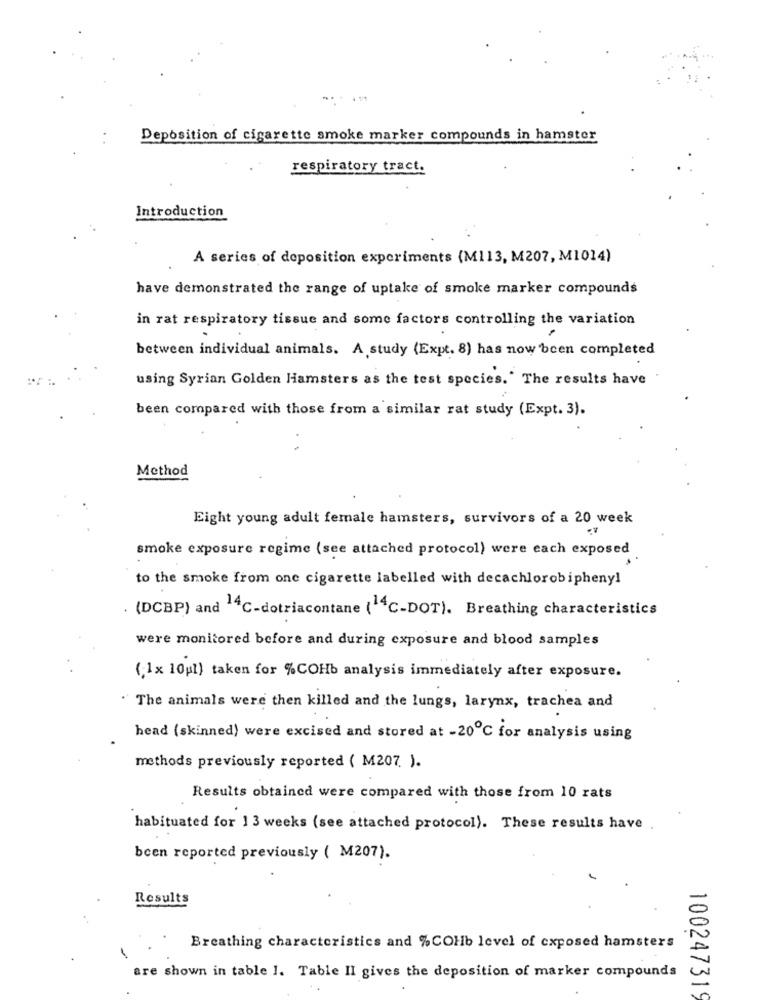
Deposition of cigarette smoke marker compounds in hamster
respiratory tract.
Introduction
A series of deposition experiments (M113, M207, M1014)
have demonstrated the range of uptake of smoke marker compounds
in rat respiratory tissue and some factors controlling the variation
.
between individual animals. A study (Expt. 8) has now been completed
using Syrian Golden Hamsters as the test species.' The results have
been compared with those from a similar rat study (Expt. 3).
Method
Eight young adult female hamsters, survivors of a 20 week
smoke exposure regime (see attached protocol) were each exposed
to the smoke from one cigarette labelled with decachlorobipheny!
. (DCBP) and 14℃-dotriacontane (14C-DOT). Breathing characteristics
were monitored before and during exposure and blood samples
(; 1x 10pl) taken for %COHb analysis immediately after exposure.
" The animals were then killed and the lungs, larynx, trachea and
head (skinned) were excised and stored at -20℃ for analysis using
methods previously reported ( M207. ).
Results obtained were compared with those from 10 rats
habituated for 13 weeks (see attached protocol). These results have
been reported previously ( M207).
Results
Breathing characteristics and %COHb level of exposed hamsters
are shown in table I. Table II gives the deposition of marker compounds
100247319